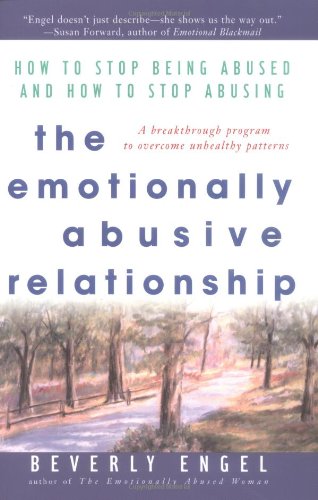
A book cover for The Emotionally Abusive Relationship: How to Stop Being Abused and How to Stop Abusing; Beverly Engel; Parenting & Relationships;